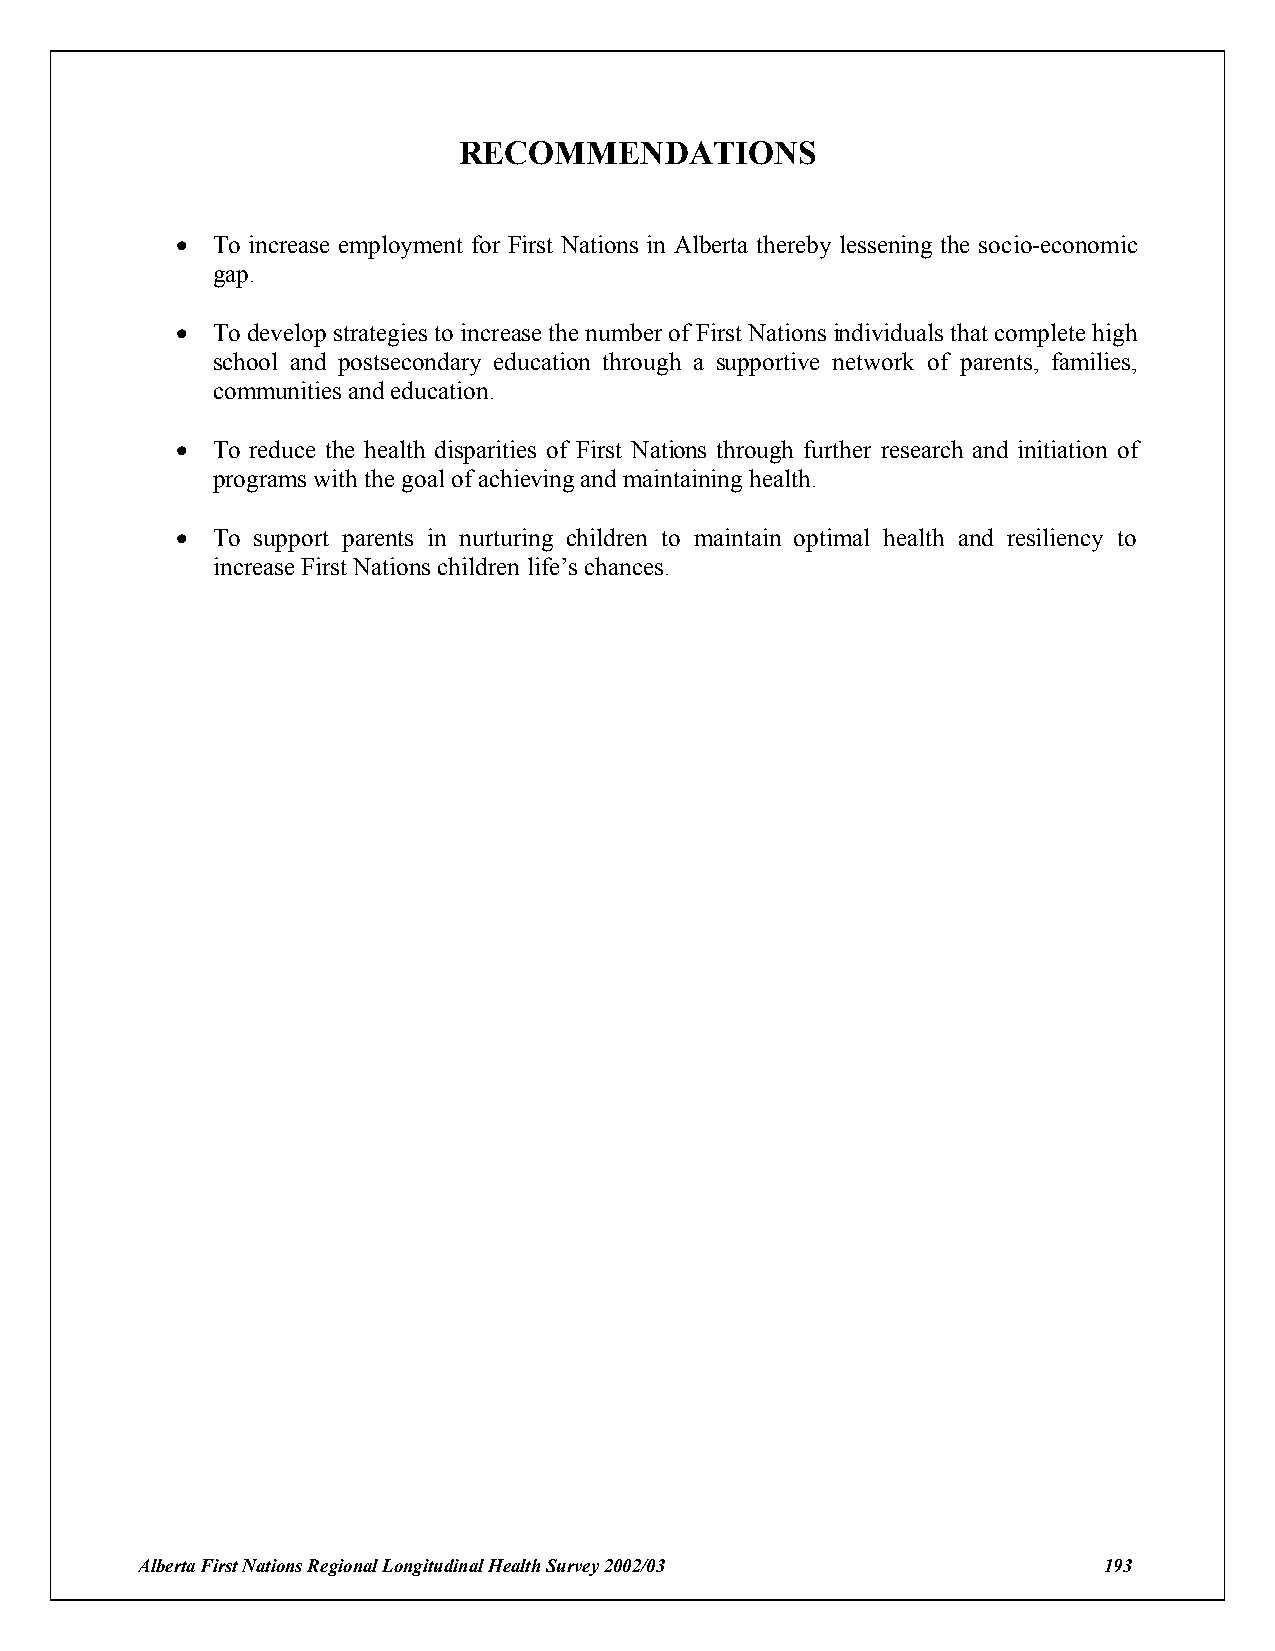
RECOMMENDATIONS
 ! To increase employment for First Nations in Alberta thereby lessening the socio-economic
 gap.
 ! To develop strategies to increase the number of First Nations individuals that complete high
 school and postsecondary education through a supportive network of parents, families,
 communities and education.
 ! To reduce the health disparities of First Nations through further research and initiation of
 programs with the goal of achieving and maintaining health.
 ! To support parents in nurturing children to maintain optimal health and resiliency to
 increase First Nations children life’s chances.
 Alberta First Nations Regional Longitudinal Health Survey 2002/03 193